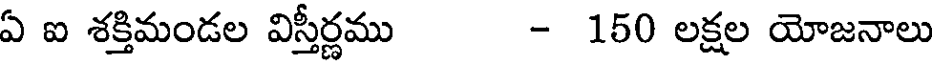
ఏ ఐ శక్తిమండల విస్తీర్ణము - 150 లక్షల యోజనాలు